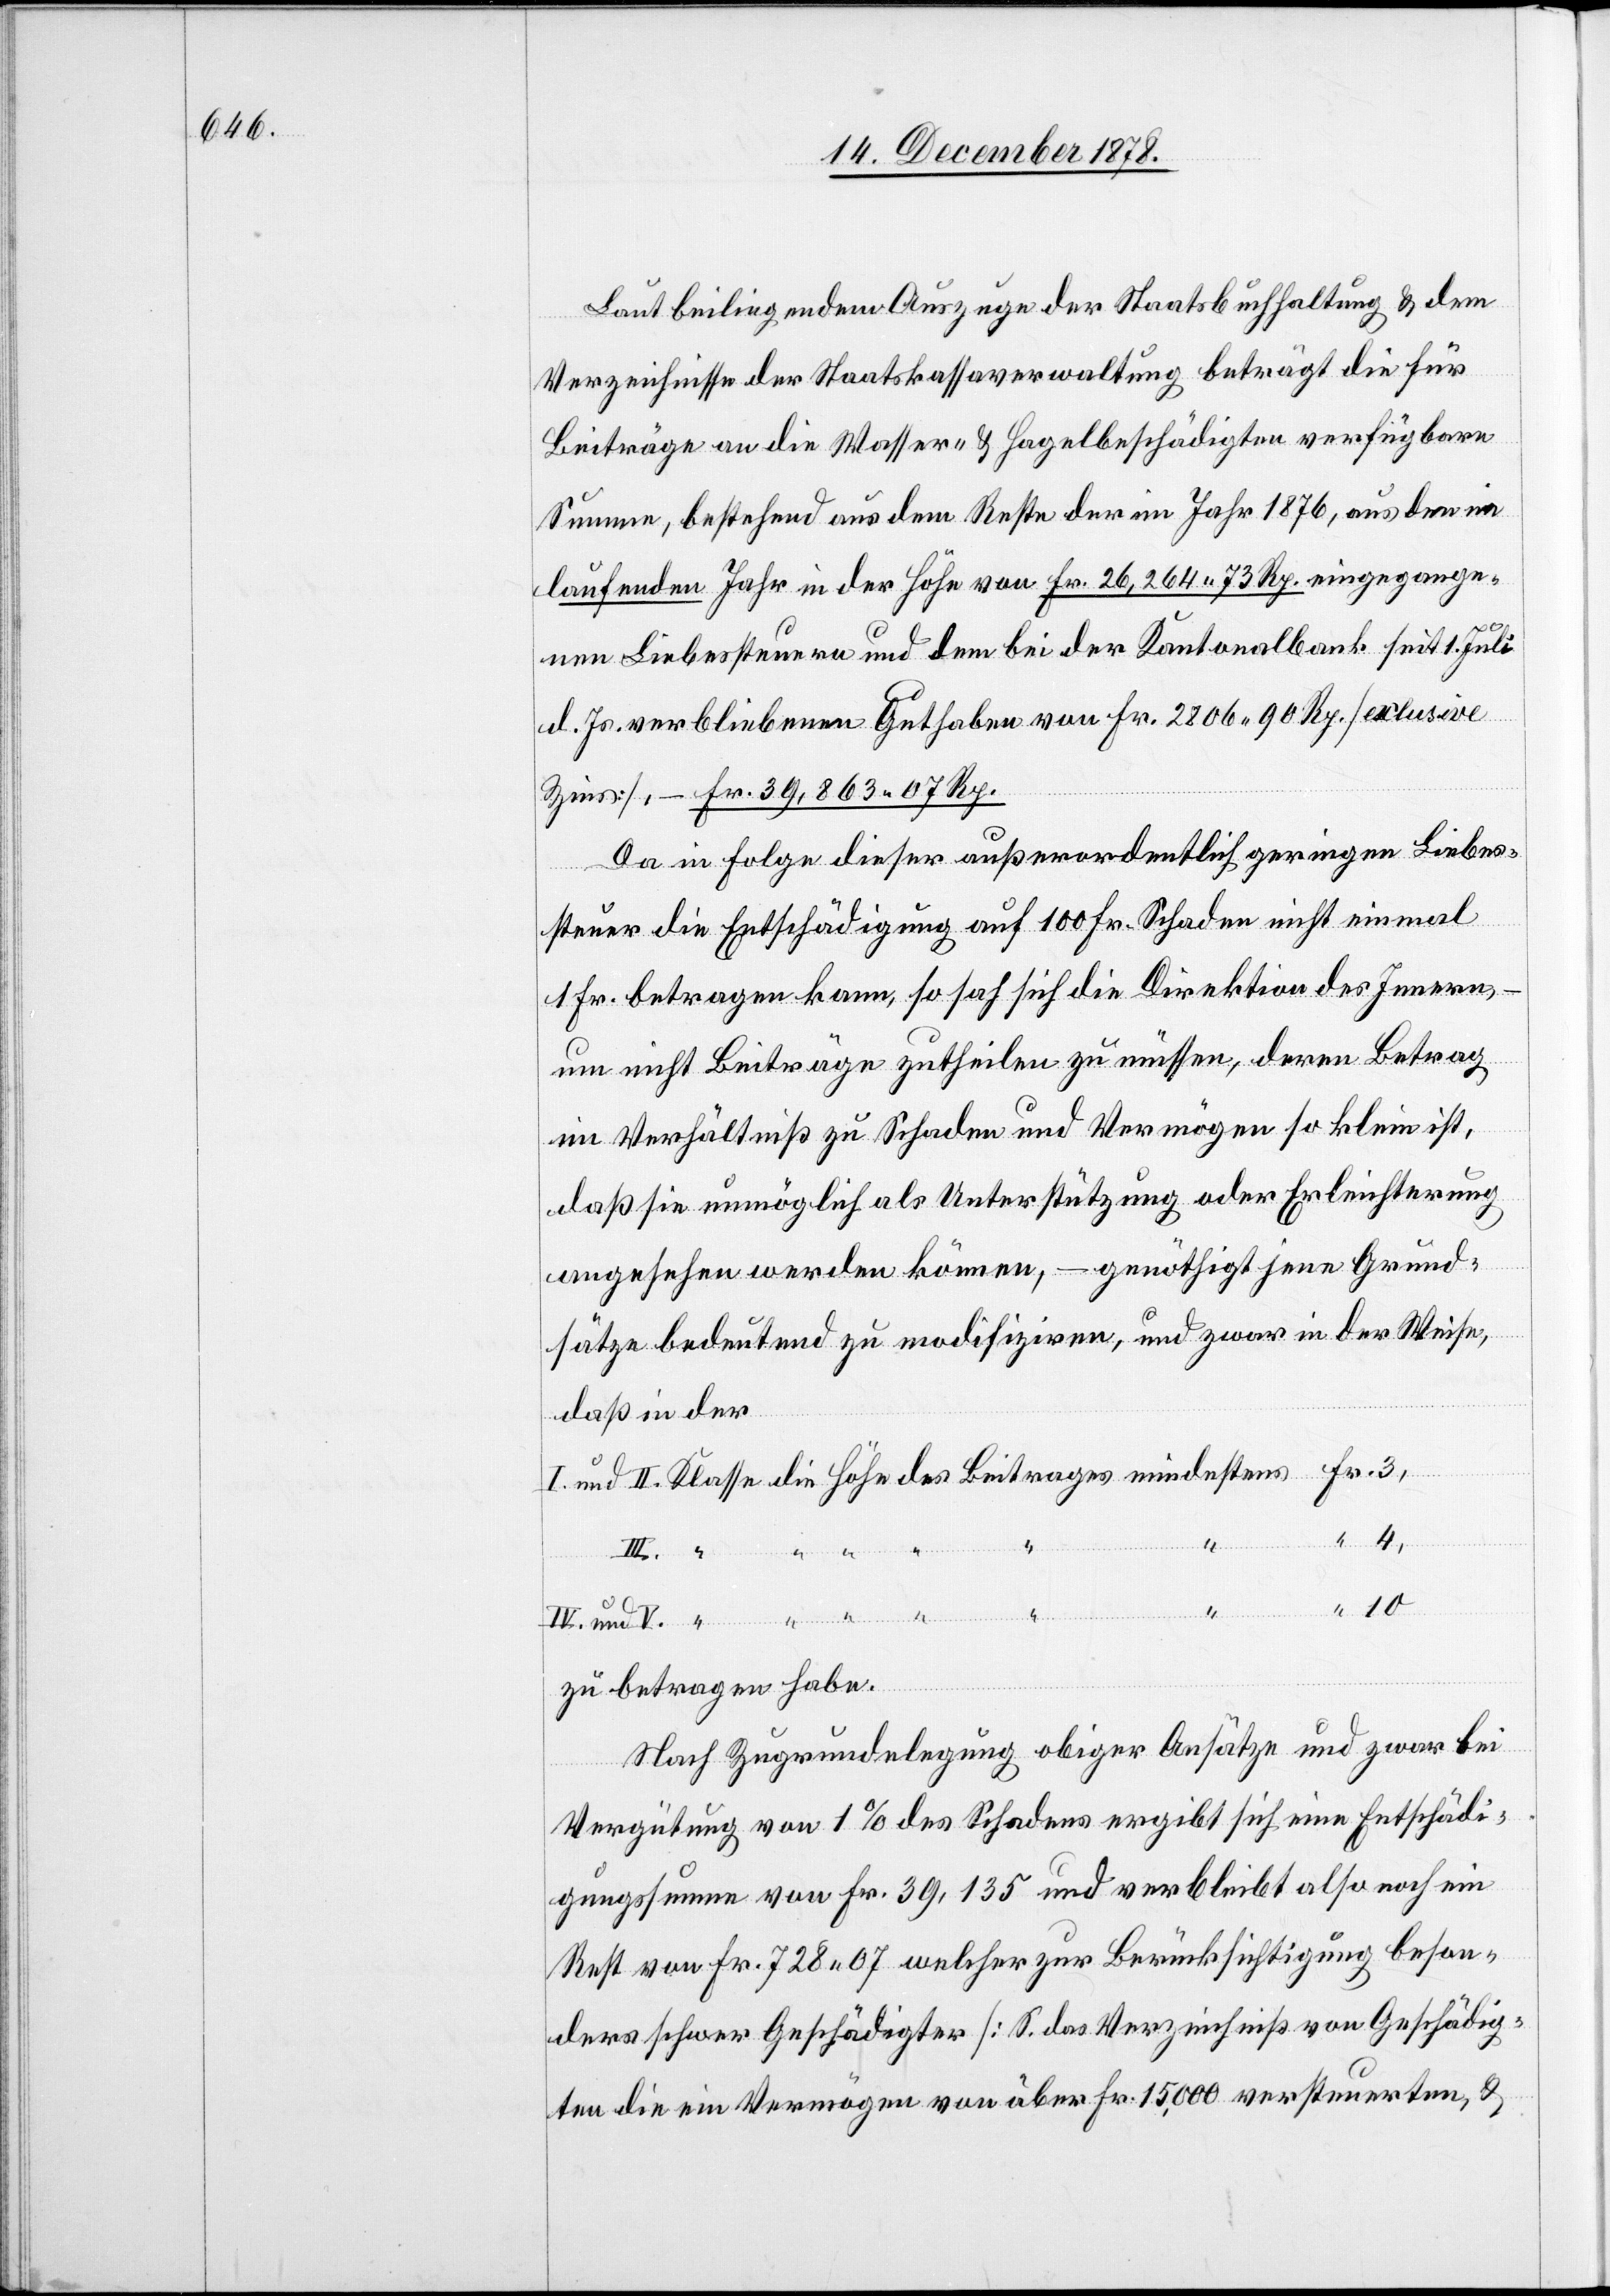
Laut beiliegendem Auszuge der Staatsbuchhaltung & dem
Verzeichnisse der Staatskassaverwaltung beträgt die für
Beiträge an die Wasser- & Hagelbeschädigten verfügbare
Summen, bestehend aus dem Reste der im Jahr 1876, aus dem im
laufenden Jahr in der Höhe von Fr. 26,264 73 Rp. eingegange¬
nen Liebessteuern und dem bei der Kantonalbank seit 1. Juli
d. Js. verbliebenen Guthaben von Fr. 2806 90 Rp. [exclusive
Zins], – Fr.39,863 07 Rp.
Da in Folge dieser außerordentlich geringen Liebes¬
steuer die Entschädigung auf 100 Fr. Schaden nicht einmal
1 Fr. betragen kann, so sah sich die Direktion des Innern,
um nicht Beiträge zutheilen zu müssen, deren Betrag
10
im Verhältniß zu Schaden und Vermögen so klein ist,
daß sie unmöglich als Unterstützung oder Erleichterung
angesehen werden können, – genöthigt jene Grund¬
sätze bedeutend zu modifiziren, und zwar in der Weise,
daß in der
II.
zu betragen habe.
Nach Zugrundelegung obiger Ansätze und zwar bei
Vergütung von 1% des Schadens ergibt sich eine Entschädi¬
gungssumme von Fr. 39,135 und verbleibt also noch ein
Rest von Fr. 728 07 welcher zur Berücksichtigung beson¬
ders schwer Geschädigter [S. das Verzeichniß von Geschädig¬
ten die ein Vermögen von über Fr. 15,000 versteuerten, &